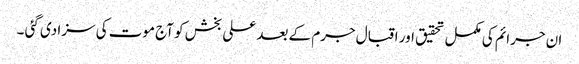
ان جرائم کی مکمل تحقیق اور اقبال جرم کے بعد علی بخش کو آج موت کی سزا دی گئی ۔